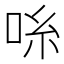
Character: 𫩹